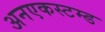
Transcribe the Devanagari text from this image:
अनएकस्टम्ड